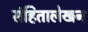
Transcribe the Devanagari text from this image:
संहितालेखन